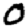
Digit: 0